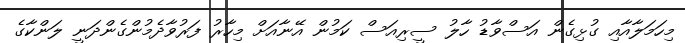
މިހަމަލާއާއި ގުޅިގެން އަސްވާޑު ހާލު ސީރިއަސް ކަމުން އޭނާއަށް މިހާރު ފަރުވާދެމުންގެންދަނީ ލަންކާގެ